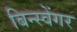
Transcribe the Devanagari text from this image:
बिन्स्वेंगर